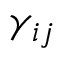
\gamma _ { i j }